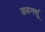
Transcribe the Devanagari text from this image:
कवनसूं